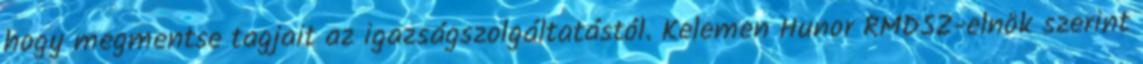
hogy megmentse tagjait az igazságszolgáltatástól. Kelemen Hunor RMDSZ-elnök szerint